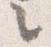
々